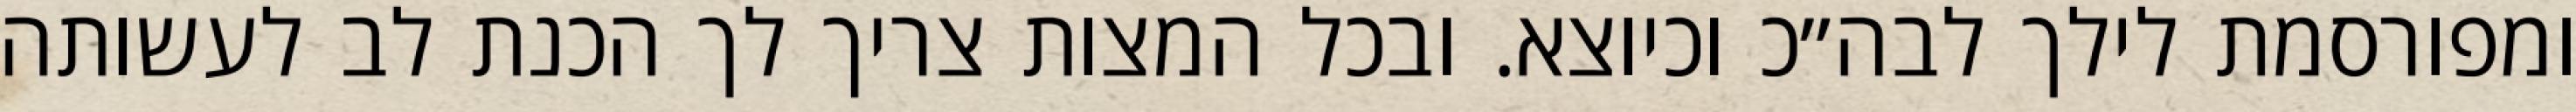
ומפורסמת לילך לבה״כ וכיוצא. ובכל המצות צריך לך הכנת לב לעשותה